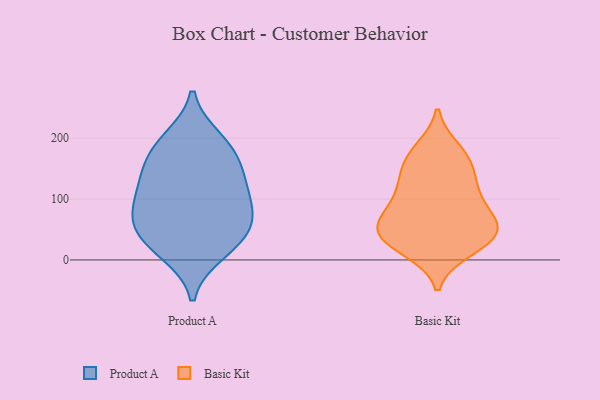
{"axis": {"x": "Satisfaction Score", "y": "Value"}, "legend": ["Basic Kit", "Product A"], "data": [{"x": "", "y": 107, "type": "Product A"}, {"x": "", "y": 63, "type": "Product A"}, {"x": "", "y": 130, "type": "Product A"}, {"x": "", "y": 133, "type": "Product A"}, {"x": "", "y": 29, "type": "Product A"}, {"x": "", "y": 40, "type": "Product A"}, {"x": "", "y": 82, "type": "Product A"}, {"x": "", "y": 169, "type": "Product A"}, {"x": "", "y": 13, "type": "Product A"}, {"x": "", "y": 183, "type": "Product A"}, {"x": "", "y": 197, "type": "Product A"}, {"x": "", "y": 71, "type": "Product A"}, {"x": "", "y": 127, "type": "Basic Kit"}, {"x": "", "y": 50, "type": "Basic Kit"}, {"x": "", "y": 65, "type": "Basic Kit"}, {"x": "", "y": 17, "type": "Basic Kit"}, {"x": "", "y": 114, "type": "Basic Kit"}, {"x": "", "y": 56, "type": "Basic Kit"}, {"x": "", "y": 134, "type": "Basic Kit"}, {"x": "", "y": 24, "type": "Basic Kit"}, {"x": "", "y": 42, "type": "Basic Kit"}, {"x": "", "y": 181, "type": "Basic Kit"}, {"x": "", "y": 88, "type": "Basic Kit"}, {"x": "", "y": 46, "type": "Basic Kit"}, {"x": "", "y": 165, "type": "Basic Kit"}, {"x": "", "y": 85, "type": "Basic Kit"}, {"x": "", "y": 169, "type": "Basic Kit"}, {"x": "", "y": 33, "type": "Basic Kit"}]}